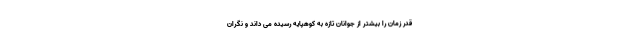
قدر زمان را بیشتر از جوانان تازه به کوهپایه رسیده می داند و نگران